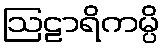
ဩဠာရိကမ္ပိ